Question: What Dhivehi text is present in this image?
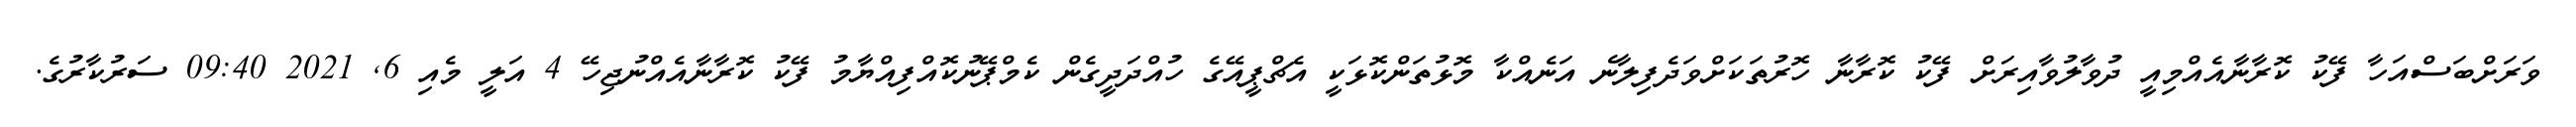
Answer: ވަރަށްބަސްއަހާ ފޭކު ކޮރާނާއެއްމިއީ ދުވާލުވާއިރަށް ފޭކު ކޮރާނާ ހޮރުތަކަށްވަދެފިލާނެ އަނެއްކާ މޮޅުތަންކޮޅަކީ އެޗްޕީއޭގެ ހުއްދަދީގެން ކެމްޕޭނުކޮއްފިއްޔާމު ފޭކު ކޮރާނާއެއްނުޖިހޭ 4 އަލީ މެއި 6, 2021 09:40 ސަރުކާރުގެ.